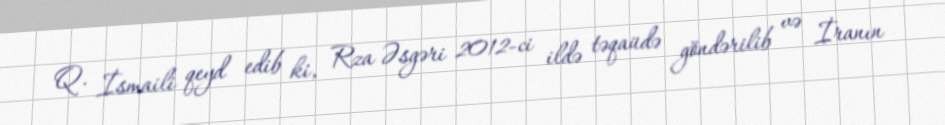
Q. İsmaili qeyd edib ki, Rza Əsgəri 2012-ci ildə təqaüdə göndərilib və İranın